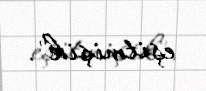
eşitmişik".